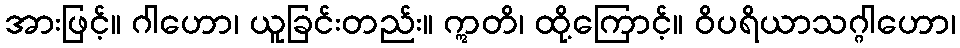
အားဖြင့်။ ဂါဟော၊ ယူခြင်းတည်း။ ဣတိ၊ ထို့ကြောင့်။ ဝိပရိယာသဂ္ဂါဟော၊